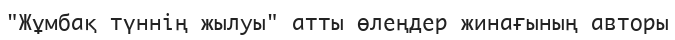
"Жұмбақ түннің жылуы" атты өлеңдер жинағының авторы